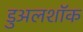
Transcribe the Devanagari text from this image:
डुअलशॉक